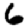
Digit: 6